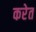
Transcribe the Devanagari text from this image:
करेत